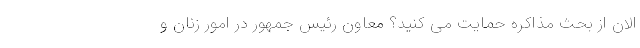
الان از بحث مذاکره حمایت می کنید؟ معاون رئیس جمهور در امور زنان و